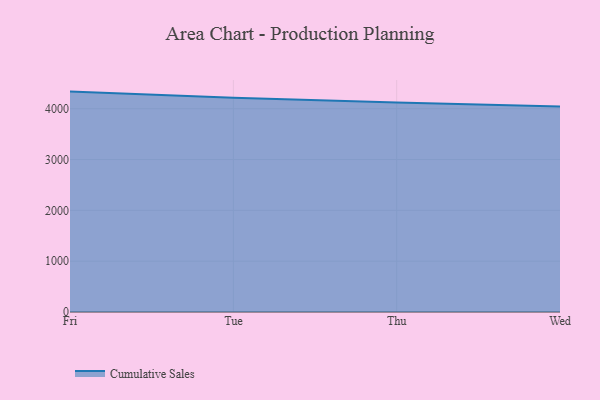
{"axis": {"x": "Day", "y": "Customer Acquisition Cost (USD)"}, "legend": ["Cumulative Sales"], "data": [{"x": "Fri", "y": 4336.4, "type": "Cumulative Sales"}, {"x": "Tue", "y": 4216.1, "type": "Cumulative Sales"}, {"x": "Thu", "y": 4121.5, "type": "Cumulative Sales"}, {"x": "Wed", "y": 4043.8, "type": "Cumulative Sales"}]}